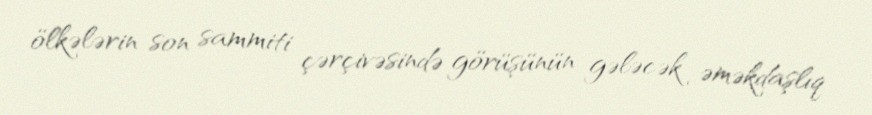
ölkələrin son sammiti çərçivəsində görüşünün gələcək əməkdaşlıq